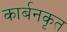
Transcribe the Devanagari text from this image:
कार्बनकृत